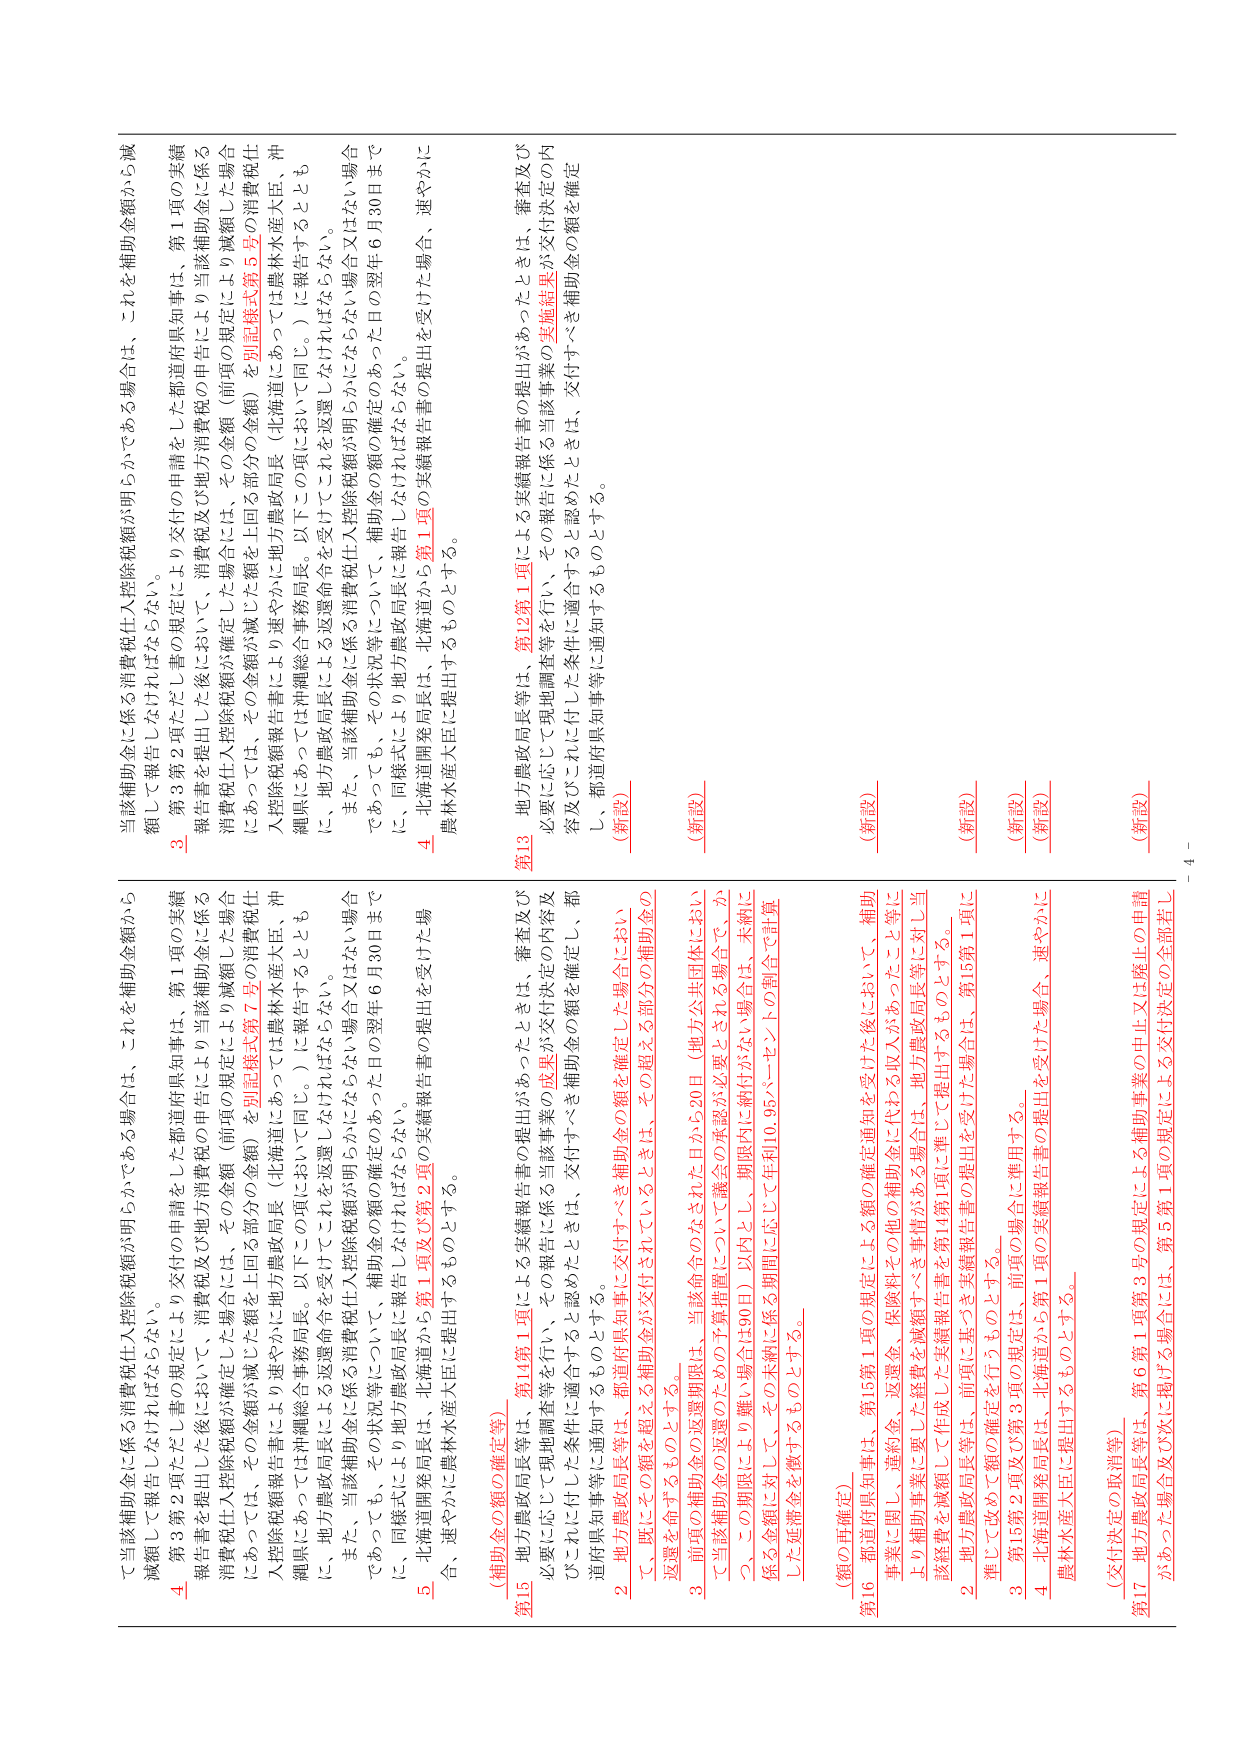
て当該補助金に係る消費税仕入控除税額が明らかである場合、これを補助金額から
減額して報告しなければならない。
4 第3項ただし書の規定により交付の申請をした都道府県知事は、第1項の実績
報告書を提出した後において、消費税及び地方消費税の申告により当該補助金に係る
消費税仕入控除税額が確定した場合には、その金額（前項の規定により当該補助金に係る
消費税仕入控除税額が確定した額を上回る部分の金額）を別記様式第7号の消費税仕
入控除税額報告書により速やかに地方農政局長（北海道にあっては農林水産大臣、沖
縄県にあっては沖縄総合事務局長。以下この項において同じ。）に報告するととも
に、地方農政局長による返還命令を受けなければならない。
また、当該補助金に係る消費税仕入控除税額が明らかにならない場合
であっても、その状況等について、補助金の額の確定のあった日の翌年6月30日まで
に、同様式により地方農政局長に報告しなければならない。
5 北海道開発局長は、北海道から第1項及び第2項の実績報告書の提出を受けた場
合、速やかに農林水産大臣に提出するものとする。
（補助金の額の確定等）
第15 地方農政局長等は、第14第1項による実績報告書の提出があったときは、審査及び
必要に応じて現地調査等を行い、その報告に係る当該事業の成果が交付決定の内容及
びこれに付した条件に適合すると認めたときは、交付すべき補助金の額を確定し、都
道府県知事等に通知するものとする。
2 地方農政局長等は、都道府県知事に交付すべき補助金の額を確定した場合におい
て、既にその額を超える補助金が交付されているときは、その超える部分の補助金の
返還を命ずるものとする。
3 前項の補助金の返還期限は、当該命令のなされた日から20日（地方公共団体におい
て当該補助金の返還のための予算措置について議会の承認が必要とされる場合で、か
つ、この期限により難い場合は90日）以内とし、期限内に納付がない場合は、未納に
係る金額に対して、その未納に係る期間に応じて年利10.95パーセントの割合で計算
した延滞金を徴するものとする。
（額の再確定）
第16 都道府県知事は、第15第1項の規定による額の確定通知を受けた後において、補助
事業に関し、違約金、保険料その他の補助金に代わる収入があったこと等に
より補助事業に要した経費を減額すべき事情がある場合は、地方農政局長等に対し当
該経費を減額して作成した実績報告書を第14第1項に準じて提出するものとする。
2 地方農政局長等は、前項に基づき実績報告書の提出を受けた場合は、第15第1項に
準じて改めて額の確定を行うものとする。
3 第15第2項及び第3項の規定は、前項の場合に準用する。
4 北海道開発局長は、北海道から第1項の実績報告書の提出を受けた場合、速やかに
農林水産大臣に提出するものとする。
（交付決定の取消等）
第17 地方農政局長等は、第6第1項第3号の規定による補助事業の中止又は廃止の申請
があった場合及び次に掲げる場合には、第5第1項の規定による交付決定の全部若し
当該補助金に係る消費税仕入控除税額が明らかである場合は、これを補助金額から減
額して報告しなければならない。
3 第3項ただし書の規定により交付の申請をした都道府県知事は、第1項の実績
報告書を提出した後において、消費税及び地方消費税の申告により当該補助金に係る
消費税仕入控除税額が確定した場合には、その金額（前項の規定により当該補助金に係る
消費税仕入控除税額が確定した額を上回る部分の金額）を別記様式第5号の消費税仕
入控除税額報告書により速やかに地方農政局長（北海道にあっては農林水産大臣、沖
縄県にあっては沖縄総合事務局長。以下この項において同じ。）に報告するととも
に、地方農政局長による返還命令を受けなければならない。
また、当該補助金に係る消費税仕入控除税額が明らかにならない場合
であっても、その状況等について、補助金の額の確定のあった日の翌年6月30日まで
に、同様式により地方農政局長に報告しなければならない。
4 北海道開発局長は、北海道から第1項の実績報告書の提出を受けた場合、速やかに
農林水産大臣に提出するものとする。
第13 地方農政局長等は、第12第1項による実績報告書の提出があったときは、審査及び
必要に応じて現地調査等を行い、その報告に係る当該事業の実施結果が交付決定の内
容及びこれに付した条件に適合すると認めたときは、交付すべき補助金の額を確定
し、都道府県知事等に通知するものとする。
（新設）
（新設）
（新設）
（新設）
（新設）
（新設）
（新設）
- 4 -